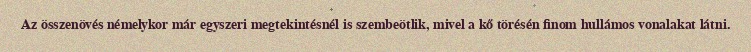
Az összenövés némelykor már egyszeri megtekintésnél is szembeötlik, mivel a kő törésén finom hullámos vonalakat látni.